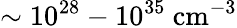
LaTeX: \sim 10^{28}-10^{35}~\mathrm{{cm}^{-3}}